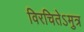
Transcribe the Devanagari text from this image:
विरचितेऽमुत्र